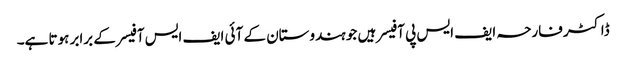
ڈاکٹر فارحہ ایف ایس پی آفیسر ہیں جو ہندوستان کے آئی ایف ایس آفیسر کے برابر ہوتا ہے۔